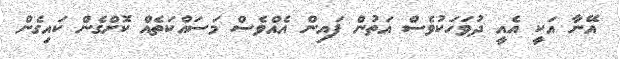
އޭނާ އަކީ އެއީ ދުވަހަކުވެސް އަތުން ފައިން އެއްވެސް މަސައްކަތެއް ކޮށްގެން ކައިގެން